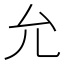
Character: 允